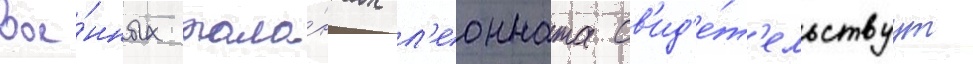
вое́нных тала́нтах л'еонната св'ид'е́т'ельствуут